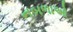
નબળાઓ